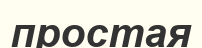
простая